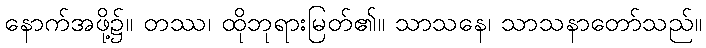
နောက်အဖို့၌။ တဿ၊ ထိုဘုရားမြတ်၏။ သာသနေ၊ သာသနာတော်သည်။